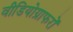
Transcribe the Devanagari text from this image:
वीडियोग्राफरों